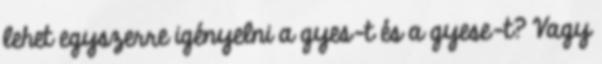
lehet egyszerre igényelni a gyes-t és a gyese-t? Vagy